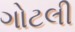
ગોટલી